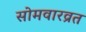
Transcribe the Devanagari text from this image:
सोमवारव्रत